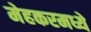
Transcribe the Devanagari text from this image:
मेहकरमध्ये